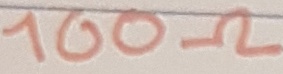
Text: 100Ω